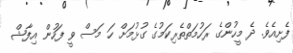
ފެށިއެވެ. ދެ މީހުންގެ ރަހުމަތްތެރިކަމުގެ ގުޅުމަށް ހަ މަސް ވީ ފަހުން އިފާޝް